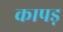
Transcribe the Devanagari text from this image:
कापड़